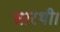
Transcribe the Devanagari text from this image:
सारथी।